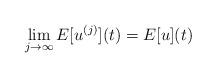
LaTeX: \begin{align*} \lim_{j\to \infty} E[u^{(j)}](t) = E[u](t)\end{align*}